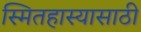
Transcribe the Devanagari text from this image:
स्मितहास्यासाठी